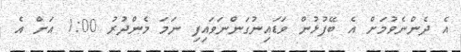
އެ ދެންނެވުމަށް އެ ބޭފުޅުން ވަޑައިނުގަންނަވައިފި ނަމަ މެންދުރު 1:00 އަށް އެ